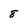
Character: 8